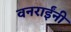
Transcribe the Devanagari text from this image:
वनराईंनी